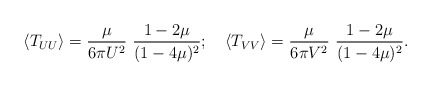
\begin{align*}\left<T _{UU}\right> = {\mu\over 6 \pi U^2}\ {1 - 2 \mu \over (1-4 \mu)^2};\quad \left<T _{VV}\right> = {\mu \over 6 \pi V^2}\ {1 - 2\mu \over (1-4 \mu)^2}.\end{align*}